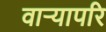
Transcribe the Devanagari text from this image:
वाऱ्यापरि